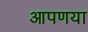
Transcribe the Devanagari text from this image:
आपणया